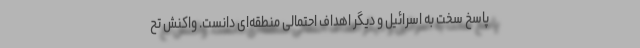
پاسخ سخت به اسرائیل و دیگر اهداف احتمالی منطقه‌ای دانست. واکنش تح